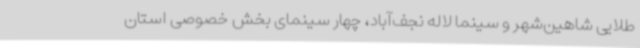
طلایی شاهین‌شهر و سینما لاله نجف‌آباد، چهار سینمای بخش خصوصی استان